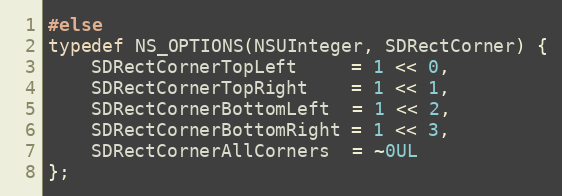
Language: C
#else
typedef NS_OPTIONS(NSUInteger, SDRectCorner) {
    SDRectCornerTopLeft     = 1 << 0,
    SDRectCornerTopRight    = 1 << 1,
    SDRectCornerBottomLeft  = 1 << 2,
    SDRectCornerBottomRight = 1 << 3,
    SDRectCornerAllCorners  = ~0UL
};